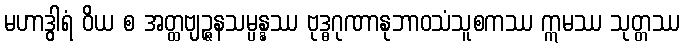
မဟာဒွါရံ ဝိယ စ အတ္ထဗျဉ္ဇနသမ္ပန္နဿ ဗုဒ္ဓဂုဏာနုဘာဝသံသူစကဿ ဣမဿ သုတ္တဿ